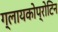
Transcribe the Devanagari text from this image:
ग्लायकोप्रोटिन